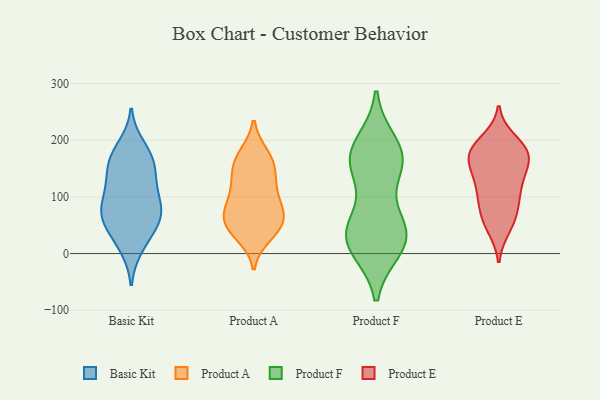
{"axis": {"x": "Waste Production (Tons)", "y": "Value"}, "legend": ["Basic Kit", "Product A", "Product E", "Product F"], "data": [{"x": "", "y": 80, "type": "Basic Kit"}, {"x": "", "y": 138, "type": "Basic Kit"}, {"x": "", "y": 56, "type": "Basic Kit"}, {"x": "", "y": 17, "type": "Basic Kit"}, {"x": "", "y": 96, "type": "Basic Kit"}, {"x": "", "y": 104, "type": "Basic Kit"}, {"x": "", "y": 190, "type": "Basic Kit"}, {"x": "", "y": 59, "type": "Basic Kit"}, {"x": "", "y": 10, "type": "Basic Kit"}, {"x": "", "y": 181, "type": "Basic Kit"}, {"x": "", "y": 159, "type": "Basic Kit"}, {"x": "", "y": 64, "type": "Basic Kit"}, {"x": "", "y": 53, "type": "Basic Kit"}, {"x": "", "y": 162, "type": "Basic Kit"}, {"x": "", "y": 156, "type": "Basic Kit"}, {"x": "", "y": 127, "type": "Basic Kit"}, {"x": "", "y": 62, "type": "Basic Kit"}, {"x": "", "y": 97, "type": "Basic Kit"}, {"x": "", "y": 58, "type": "Product A"}, {"x": "", "y": 47, "type": "Product A"}, {"x": "", "y": 46, "type": "Product A"}, {"x": "", "y": 110, "type": "Product A"}, {"x": "", "y": 162, "type": "Product A"}, {"x": "", "y": 74, "type": "Product A"}, {"x": "", "y": 33, "type": "Product A"}, {"x": "", "y": 95, "type": "Product A"}, {"x": "", "y": 173, "type": "Product A"}, {"x": "", "y": 79, "type": "Product A"}, {"x": "", "y": 165, "type": "Product A"}, {"x": "", "y": 57, "type": "Product A"}, {"x": "", "y": 128, "type": "Product A"}, {"x": "", "y": 141, "type": "Product A"}, {"x": "", "y": 26, "type": "Product F"}, {"x": "", "y": 153, "type": "Product F"}, {"x": "", "y": 12, "type": "Product F"}, {"x": "", "y": 171, "type": "Product F"}, {"x": "", "y": 32, "type": "Product F"}, {"x": "", "y": 164, "type": "Product F"}, {"x": "", "y": 171, "type": "Product F"}, {"x": "", "y": 193, "type": "Product F"}, {"x": "", "y": 160, "type": "Product F"}, {"x": "", "y": 10, "type": "Product F"}, {"x": "", "y": 38, "type": "Product F"}, {"x": "", "y": 45, "type": "Product F"}, {"x": "", "y": 51, "type": "Product F"}, {"x": "", "y": 114, "type": "Product E"}, {"x": "", "y": 186, "type": "Product E"}, {"x": "", "y": 174, "type": "Product E"}, {"x": "", "y": 72, "type": "Product E"}, {"x": "", "y": 137, "type": "Product E"}, {"x": "", "y": 50, "type": "Product E"}, {"x": "", "y": 123, "type": "Product E"}, {"x": "", "y": 106, "type": "Product E"}, {"x": "", "y": 164, "type": "Product E"}, {"x": "", "y": 71, "type": "Product E"}, {"x": "", "y": 146, "type": "Product E"}, {"x": "", "y": 91, "type": "Product E"}, {"x": "", "y": 179, "type": "Product E"}, {"x": "", "y": 164, "type": "Product E"}, {"x": "", "y": 177, "type": "Product E"}, {"x": "", "y": 187, "type": "Product E"}, {"x": "", "y": 45, "type": "Product E"}, {"x": "", "y": 200, "type": "Product E"}]}